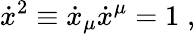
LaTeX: \dot{x}^{2}\equiv\dot{x}_{\mu}\dot{x}^{\mu}=1\; ,